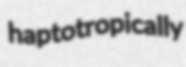
haptotropically